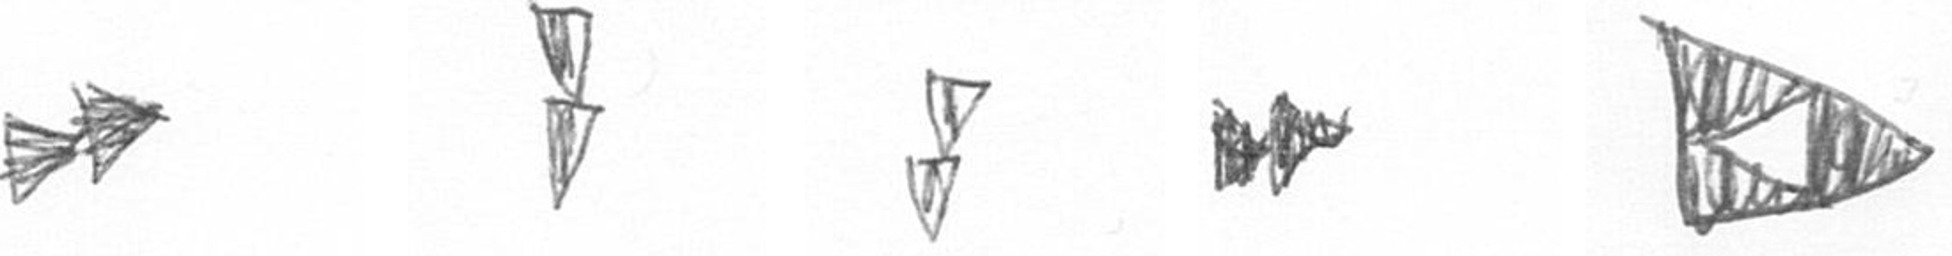
A Z Z A K